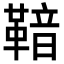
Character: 𮧡